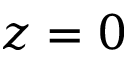
z = 0